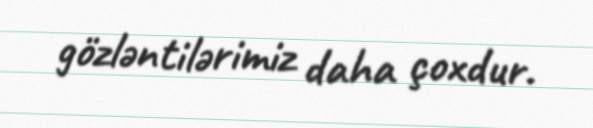
gözləntilərimiz daha çoxdur.